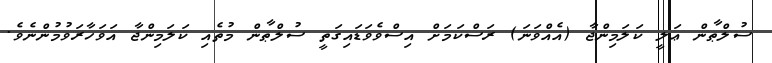
ސުލްޠާން ޢަލީ ކަލަމިންޖާ (އެއްވަނަ) ރަސްކަމަށް އިސްވެވަޑައިގަތީ ސުލްޠާން މުތެއި ކަލަމިންޖާ އަވަހާރަވުމުންނެވެ.